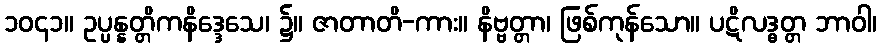
၁၀၄၁။ ဥပ္ပန္နတ္တိကနိဒ္ဒေသေ၊ ၌။ ဇာတာတိ-ကား။ နိဗ္ဗတ္တာ၊ ဖြစ်ကုန်သော။ ပဋိလဒ္ဓတ္တ ဘာဝါ၊